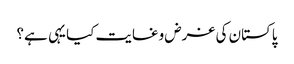
پاکستان کی غرض وغایت کیا یہی ہے؟